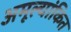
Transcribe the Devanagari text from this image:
अमूल्यांकित